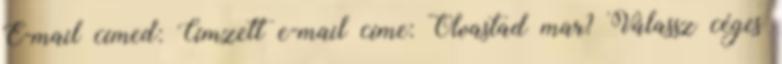
E-mail címed: Címzett e-mail címe: Olvastad mar? Válassz céges